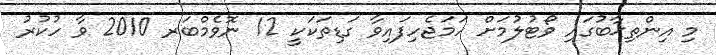
މި އިންތިޚާބުގައި ވޯޓުލުމަށް ހަމަޖެހިފައިވާ ގަޑިތަކަކީ 12 ނޮވެމްބަރ 2010 ވާ ހުކުރު